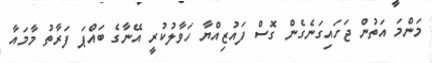
މަންމަ އަތުން ޖަހައިގަނެގެން ގޮސް ފައުޒިއްޔާ ހަވާލުކުރީ އޭނާގެ ބައްޕަ ފަރާތު މާމައާ